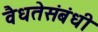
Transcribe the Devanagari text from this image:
वैधतेसंबंधी